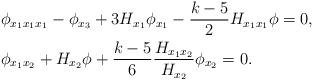
LaTeX: \begin{align*}&\phi_{x_1x_1x_1}-\phi_{x_3}+3H_{x_1}\phi_{x_1}-\frac{k-5}{2}H_{x_1x_1}\phi=0,\\&\phi_{x_1x_2}+H_{x_2}\phi+\frac{k-5}{6}\frac{H_{x_1x_2}}{H_{x_2}}\phi_{x_2}=0.\end{align*}